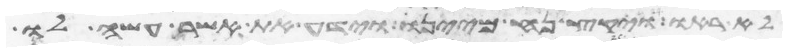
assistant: לא ראו ויקץ נח מיינו וידע את אשר עשה לו